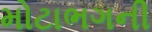
મોટાભગની